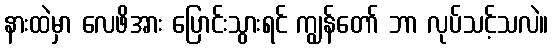
နားထဲမှာ လေဖိအား ပြောင်းသွားရင် ကျွန်တော် ဘာ လုပ်သင့်သလဲ။